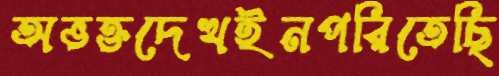
অভক্তদেখইনপরিতেছি